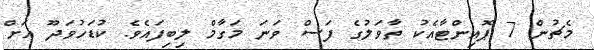
މެޗުން 7 ޕޮއިންޓާއެކު ތާވަލުގެ ފަސް ވަނަ މަގާމް ލިބިފައެވެ. ކުޑަހުވަދޫ އަށް